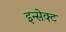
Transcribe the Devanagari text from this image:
इन्सेक्ट